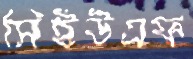
সিইউএফ